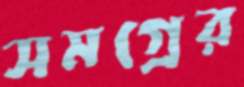
সমগ্রের